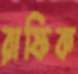
রাফিক